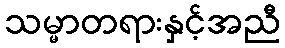
သမ္မာတရားနှင့်အညီ